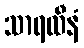
သာရထီနံ